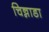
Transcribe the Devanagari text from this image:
चिन्नाडा